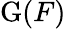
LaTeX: \mathrm{G}(F)